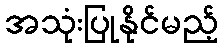
အသုံးပြုနိုင်မည့်